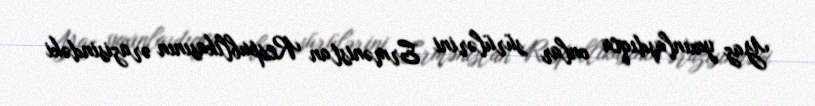
Yaz yaxınlaşdıqca onlar sürülərini Ermənistan Respublikasının ərazisindəki